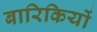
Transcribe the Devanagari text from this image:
बारिकियों